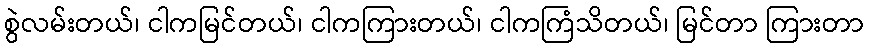
စွဲလမ်းတယ်၊ ငါကမြင်တယ်၊ ငါကကြားတယ်၊ ငါကကြံသိတယ်၊ မြင်တာ ကြားတာ